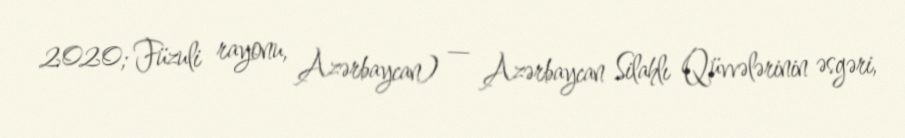
2020; Füzuli rayonu, Azərbaycan) — Azərbaycan Silahlı Qüvvələrinin əsgəri,